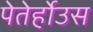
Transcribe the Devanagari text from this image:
पेतेर्होउस